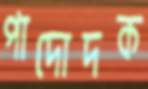
পাদোদক